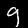
Digit: 9